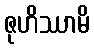
ဇုဟိဿာမိ